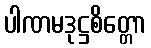
ပါဏမဒုဋ္ဌစိတ္တော